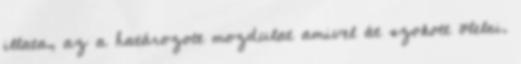
illata, az a határozott mozdulat amivel át szokott ölelni.